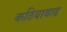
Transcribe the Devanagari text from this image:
कठियावाढ